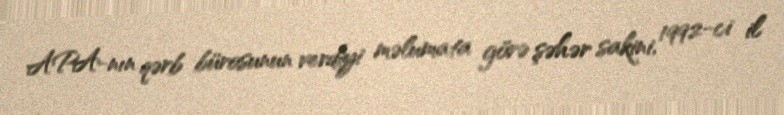
APA-nın qərb bürosunun verdiyi məlumata görə şəhər sakini, 1992-ci il